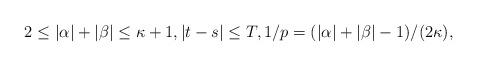
LaTeX: \begin{align*}2\leq |\alpha|+|\beta|\leq \kappa+1,|t-s|\leq T,1/p=(|\alpha|+|\beta|-1)/(2\kappa),\end{align*}